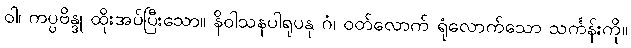
ဝါ၊ ကပ္ပဗိန္ဒု ထိုးအပ်ပြီးသော။ နိဝါသနပါရုပနု ဂံ၊ ဝတ်လောက် ရုံလောက်သော သင်္ကန်းကို။